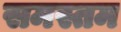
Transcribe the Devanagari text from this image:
समस्तम